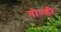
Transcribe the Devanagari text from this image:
गोण्डी